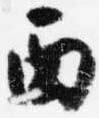
西